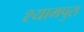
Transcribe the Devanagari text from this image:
श्यामपुरा